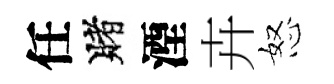
任賭湮卉怒